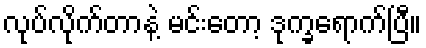
လုပ်လိုက်တာနဲ့ မင်းတော့ ဒုက္ခရောက်ပြီ။